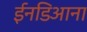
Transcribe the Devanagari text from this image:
ईनडिआना